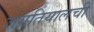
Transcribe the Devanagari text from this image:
जगतियालची